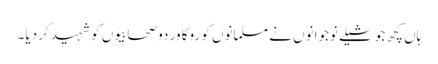
ہاں کچھ جوشیلے نوجوانوں نے مسلمانوں کو روکا ور دو صحابیوں کو شہید کر دیا۔